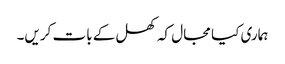
ہماری کیا مجال کہ کھل کے بات کریں۔